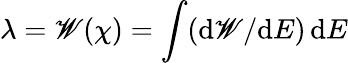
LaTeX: \lambda=\mathscr{W}(\chi)=\int(\mathrm{{d}}\mathscr{W}/\mathrm{{d}}E)\, \mathrm{{d}}E